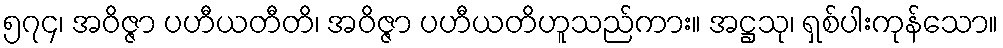
၅၇၄၊ အဝိဇ္ဇာ ပဟီယတီတိ၊ အဝိဇ္ဇာ ပဟီယတိဟူသည်ကား။ အဋ္ဌသု၊ ရှစ်ပါးကုန်သော။